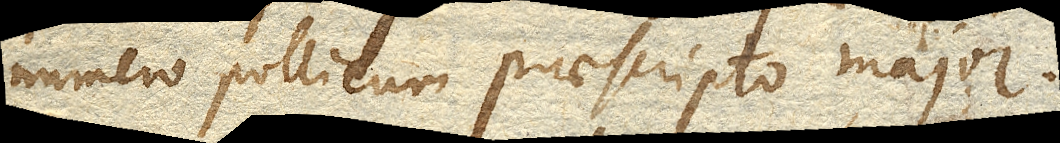
numero pollicum praescripto major.